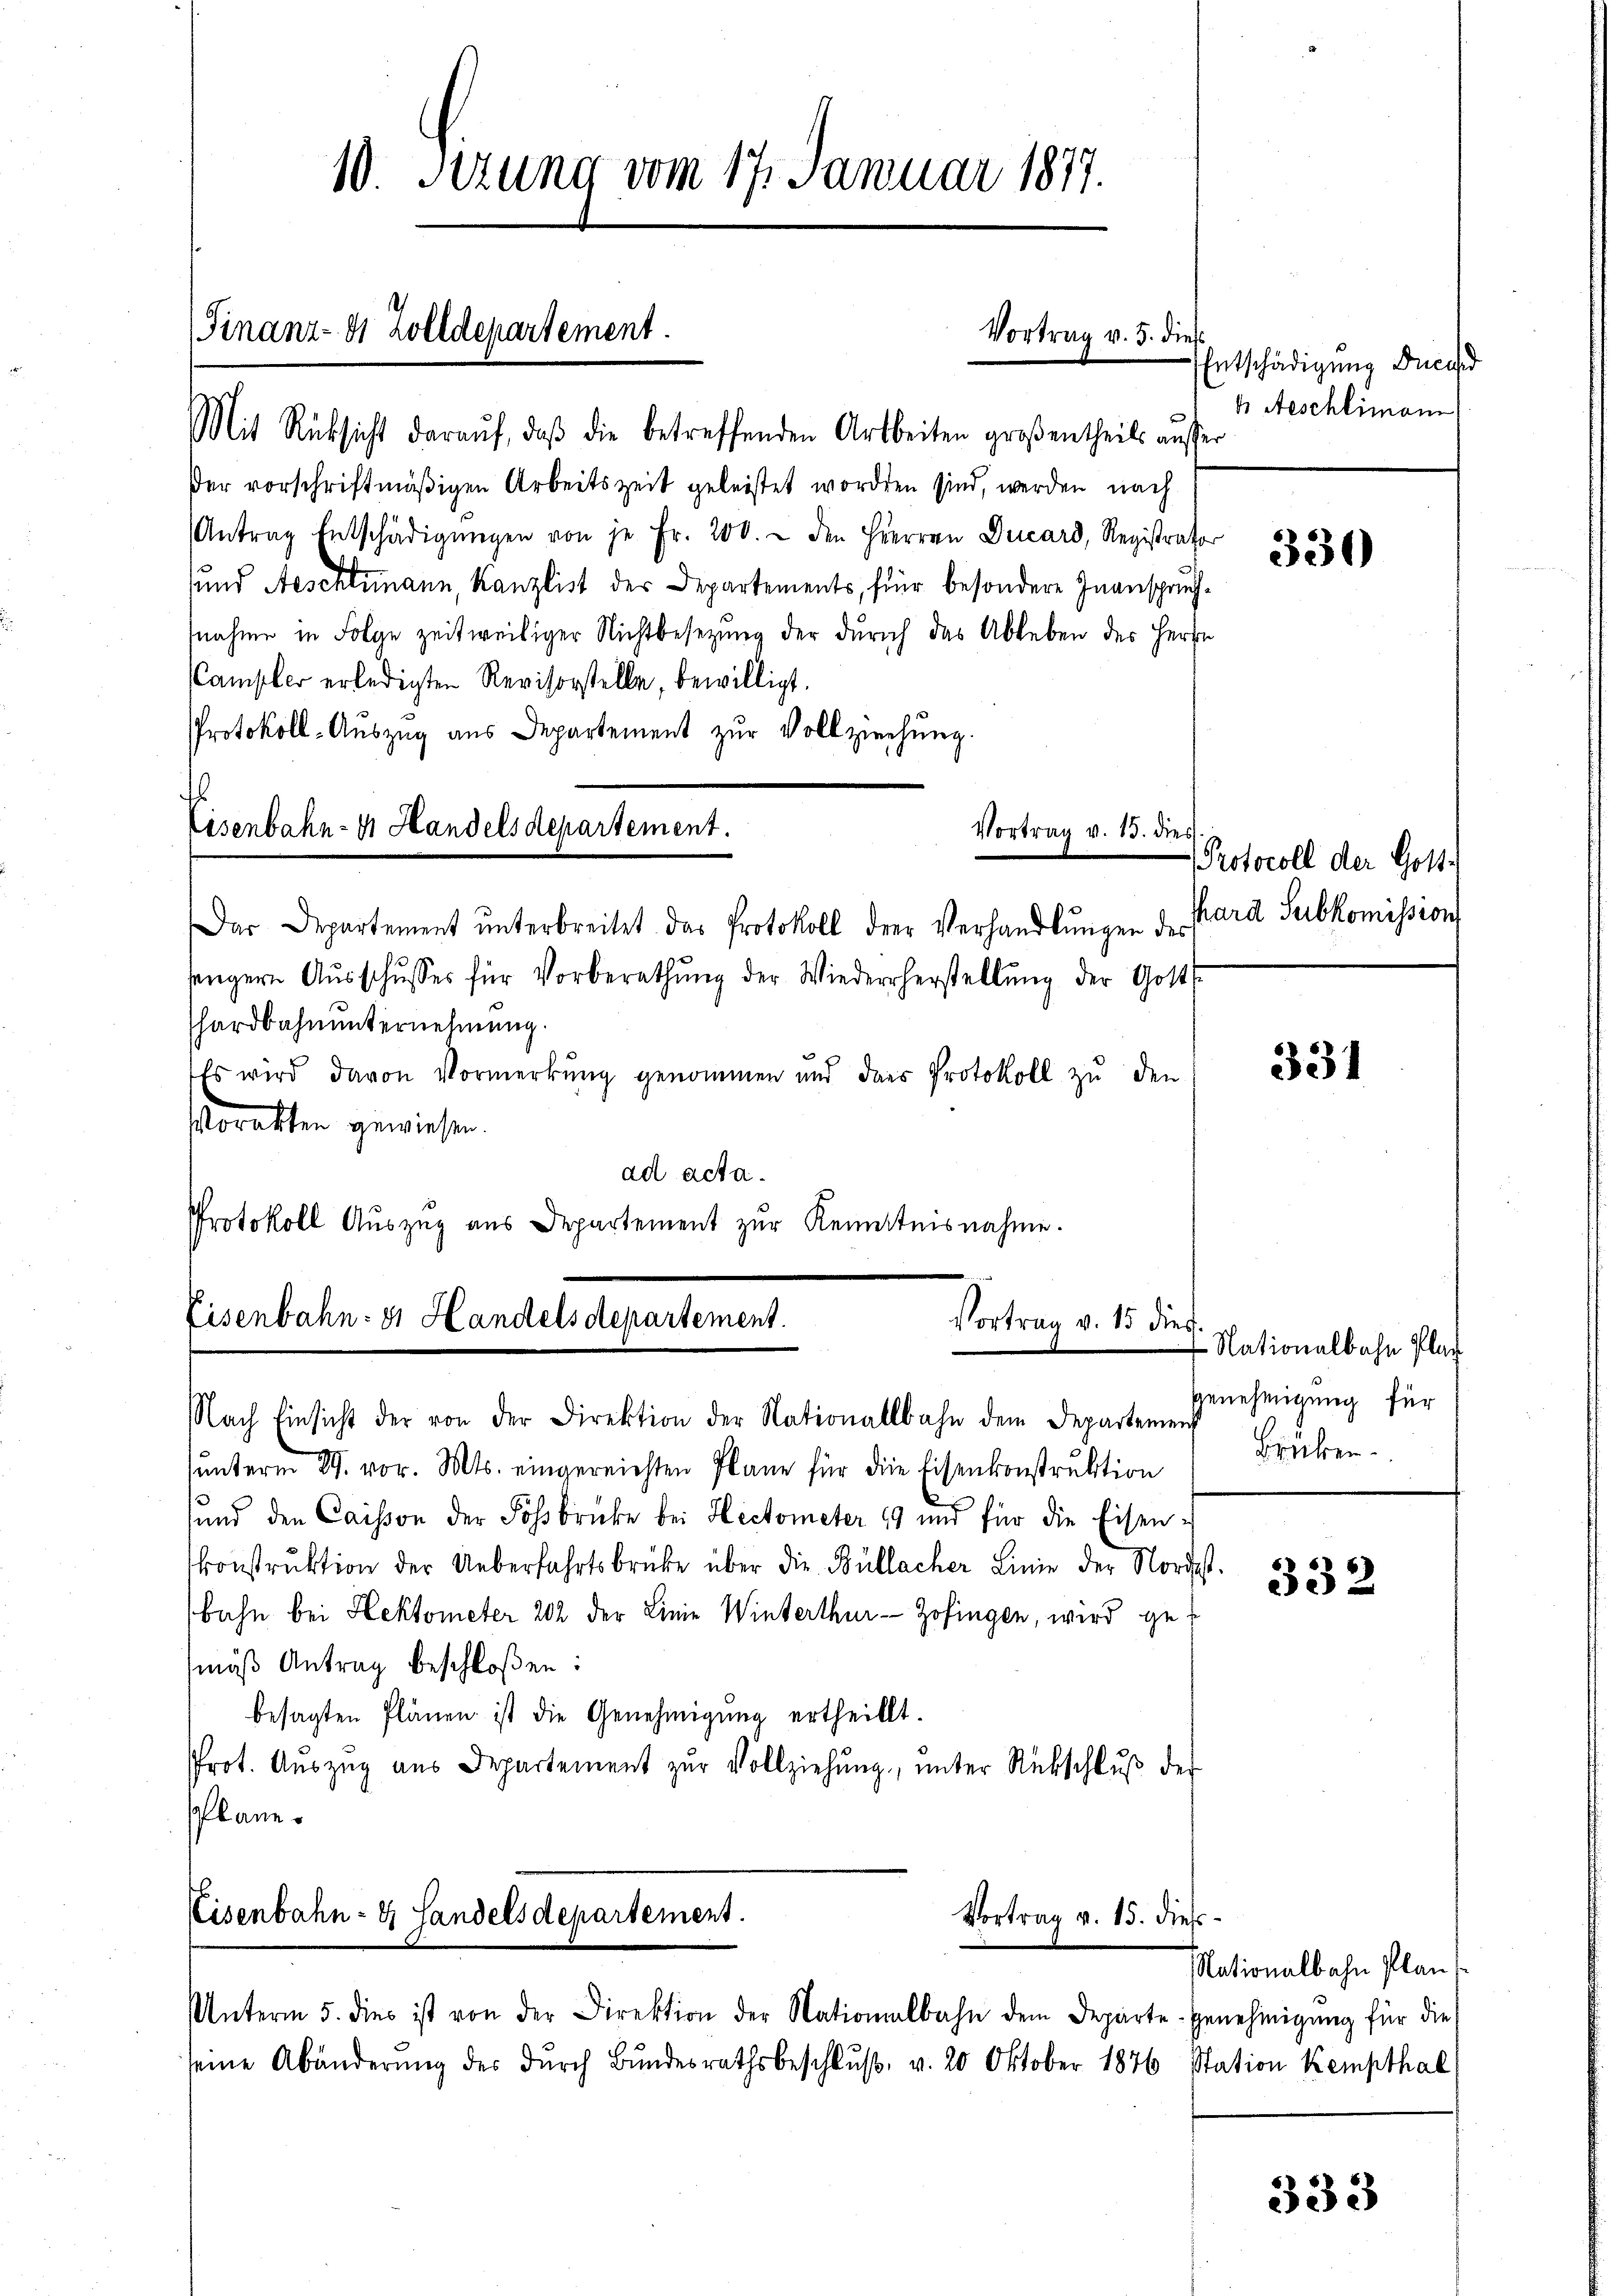
10. Setzung vom 17. Januar 1877.

Finanz- 4 Zolldepartement.
Mit Rücksicht daraŭf, daβ die betreffenden Arbeiten großentheils ausser

ßer vorschriftmäßigen Arbeitszeit geleistet worden sind, werden nach
Antrag Entschädigŭngen von je Fr. 200. u den Herren Ducard, Registrator
sund Aeschlimann, Kanzlist der Departements, für besondere Inanspruchsnahme in Folge zeitweiliger Nichtbesetzung der Durch das Ableben des Herrn
Camsler erledigten Revisorstelle, bewilligt.
Protokoll-Auszug aus Departement zur Vollziehung.

Vortrag v. 5. dies

1
Eisenbahn- & Handelsdepartement.
Vortrag v. 13. dies

Das Departement ŭnterbreitet das Protokoll der Verhandlŭngen des
sängere Aŭsschusses für Vorberathŭng der Wiederrherstellŭng der Gott-
hardbahnunternehmung.
Es wird davon Vormerkung genommen und das Protokoll zu den
orakten gewiesen.
ad acta.
Protokoll Aŭszŭg aŭs Departement zŭr Kenntnisnahme.

Eisenbahn- er Handelsdepartement.
Vortrag v. 15 dies

Nach Einsicht der von der Direktion der Nationallbahn dem Departement
unterm 24. vor. Mts. eingereichten Plane für die Eisenkonstruktion
sund den Caisson der Fohsbrücke bei Hectometer 19 und für die Eisenkonstruktion der Ueberfahrtsbrüke über die Büllacher Linie der Nordest.
bahn bei Hektometer 202 der Linie Winterthur - Zofingen, wird ge
mäß Antrag beschloßen:
besagten Plänen ist die Genehmigŭng ertheilt.
Prot. Aŭszŭg ans Departement zŭr Vollziehŭng ŭnter Rückschlŭβ des
Planes

seine Abänderŭng des dŭrch Bundesrathsbeschlŭβ, v. 20 Oktober 1876 Station Kempthal

Entschädigung durch
b Aeschlimann

Protocoll der Gott
Phard Subkomission

Eisenbahn- & Landelsdepartement.
Vortrag v. 15. dies
Unterm 5. dies ist von der Direktion der Nationalbahn dem Departe-Genehmigŭng für die

330)

331

Nationalbahn Plat
Genehmigung für
Brüken.

332

Nationalbahn Plans

333